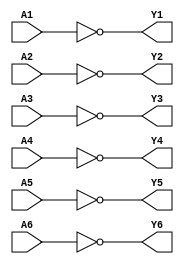
`timescale 1ns / 1ps
//////////////////////////////////////////////////////////////////////////////////
// Company: Xilinx
// 
// Design Name: digital_base_IP
// Module Name: six_not_gate
// Project Name: 74LS04
// Target Devices: Basys3
// Tool Versions: 
// Description: 
// 
// Dependencies: 
// 
// Revision:
// Revision 0.01 - File Created
// Additional Comments:
// 
//////////////////////////////////////////////////////////////////////////////////


module six_not_gate #(parameter Delay = 0)(
    input wire A1,A2,A3,A4,A5,A6,
    output wire Y1,Y2,Y3,Y4,Y5,Y6
    );
    
    not #Delay (Y1,A1);
    not #Delay (Y2,A2);
    not #Delay (Y3,A3);
    not #Delay (Y4,A4);
    not #Delay (Y5,A5);
    not #Delay (Y6,A6);
    
endmodule